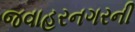
જવાહરનગરની